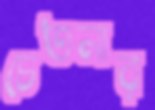
চেতনার